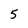
Character: 5